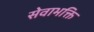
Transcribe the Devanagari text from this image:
सेवाभक्ति